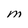
Character: m